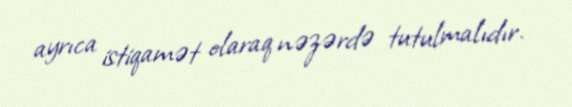
ayrıca istiqamət olaraq nəzərdə tutulmalıdır.